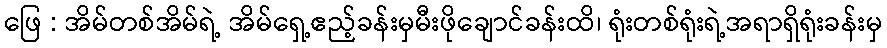
ဖြေ : အိမ်တစ်အိမ်ရဲ့ အိမ်ရှေ့ဧည့်ခန်းမှမီးဖိုချောင်ခန်းထိ၊ ရုံးတစ်ရုံးရဲ့အရာရှိရုံးခန်းမှ